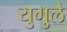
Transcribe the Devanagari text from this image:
युगुले